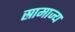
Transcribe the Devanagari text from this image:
स्रामाज्य